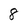
Character: 8